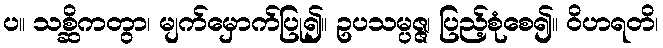
ပ။ သစ္ဆိကတွာ၊ မျက်မှောက်ပြု၍။ ဥပသမ္ပဇ္ဇ၊ ပြည့်စုံစေ၍။ ဝိဟရတိ၊